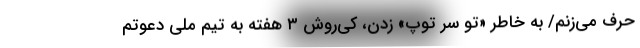
حرف می‌زنم/ به خاطر «تو سر توپ» زدن، کی‌روش ۳ هفته به تیم ملی دعوتم